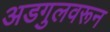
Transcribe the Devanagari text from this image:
अडगुलवरून